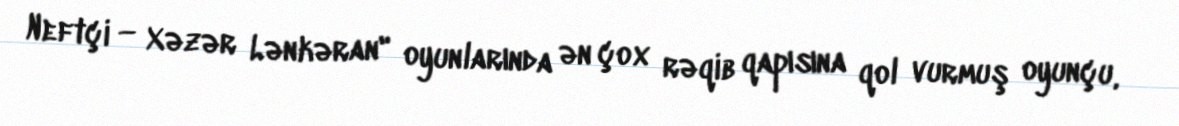
Neftçi — Xəzər Lənkəran" oyunlarında ən çox rəqib qapısına qol vurmuş oyunçu,